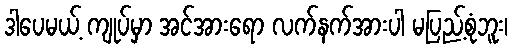
ဒါပေမယ့် ကျုပ်မှာ အင်အားရော လက်နက်အားပါ မပြည့်စုံဘူး၊